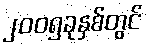
၂၀၀၅ခုနှစ်တွင်